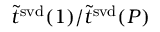
\tilde { t } ^ { \mathrm { s v d } } ( 1 ) / \tilde { t } ^ { \mathrm { s v d } } ( P )